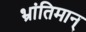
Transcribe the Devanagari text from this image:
भ्रांतिमान्